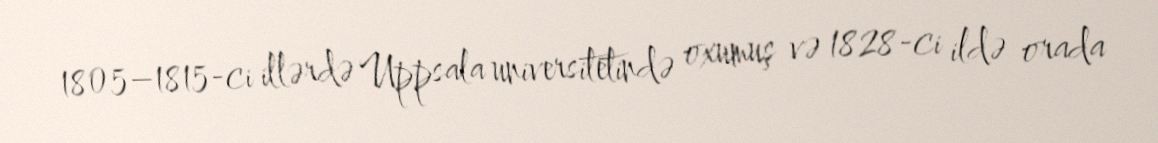
1805–1815-ci illərdə Uppsala universitetində oxumuş və 1828-ci ildə orada